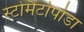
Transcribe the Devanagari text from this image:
स्टोमैटोपोडा